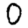
Digit: 0